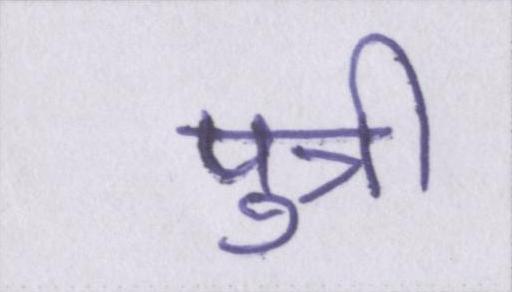
पुत्री